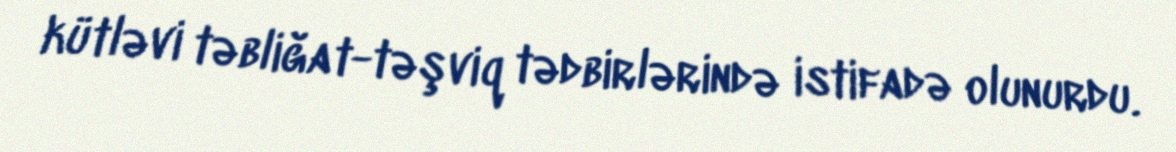
kütləvi təbliğat-təşviq tədbirlərində istifadə olunurdu.